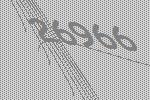
26966